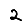
Digit: 2